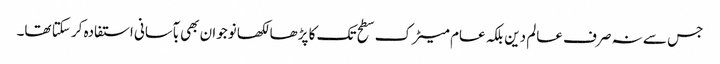
جس سے نہ صرف عالم دین بلکہ عام میٹرک سطح تک کا پڑھا لکھا نوجوان بھی بآسانی استفادہ کر سکتا تھا۔